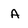
Character: a